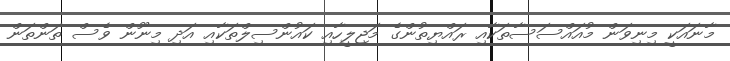
މާނައަކީ މިނިވަން މުއައްސަސާތަކާއި ރައްޔިތުންގެ މަޖިލީހާއި ކައުންސިލްތަކާއި އަދި މިނޫން ވެސް ތަންތަން